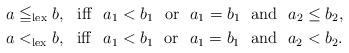
LaTeX: \begin{align*}a&\leqq_{\rm lex} b,\ \ {\rm iff} \ \ a_1<b_1\ \ {\rm or} \ \ a_1=b_1\ \ {\rm and }\ \ a_2\leq b_2,\\a&<_{\rm lex} b,\ \ {\rm iff} \ \ a_1<b_1\ \ {\rm or} \ \ a_1=b_1\ \ {\rm and }\ \ a_2< b_2.\end{align*}